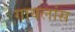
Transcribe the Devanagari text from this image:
गायलांस